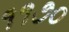
૧૧૭૦